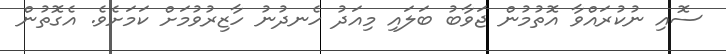
ސޮއި ނުކުރައްވާ އޮތުމުން ޖަވާބު ބަލައި މިއަދު ހެނދުނު ހާޒިރުވުމަށް ކަމަށެވެ. އެގޮތުން